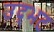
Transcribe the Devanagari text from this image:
उद्‌भट